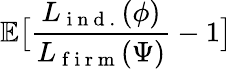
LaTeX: \mathbb{E}\big[\frac{{L}_{\mathrm{~i~n~d~.~}}(\phi)}{{L}_{\mathrm{~f~i~r~m~}}(\Psi)}-1\big]